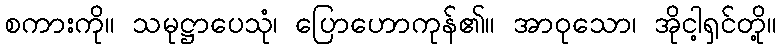
စကားကို။ သမုဋ္ဌာပေသုံ၊ ပြောဟောကုန်၏။ အာဝုသော၊ အိုငါ့ရှင်တို့။